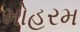
મોહરમ